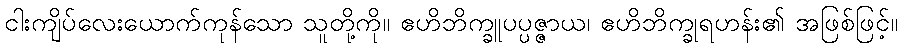
ငါးကျိပ်လေးယောက်ကုန်သော သူတို့ကို။ ဧဟိဘိက္ခူပပ္ပဇ္ဇာယ၊ ဧဟိဘိက္ခုရဟန်း၏ အဖြစ်ဖြင့်။